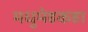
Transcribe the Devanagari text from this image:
मधुमेहकहा